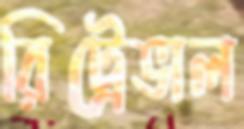
রিট্রেভাল